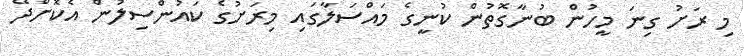
މި ރަށު ގިނަ މީހުން ބުނާގޮތުން ކުނީގެ މައްސަލާގައި މިރަށުގެ ކައުންސިލުން އެކޮށްދޭ